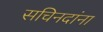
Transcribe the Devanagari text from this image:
सचिनदांना